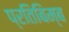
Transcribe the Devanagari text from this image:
प्रतिबिम्‍ब